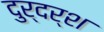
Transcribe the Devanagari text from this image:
दुर्दर्श